Scottish Certificate of Education, 1963
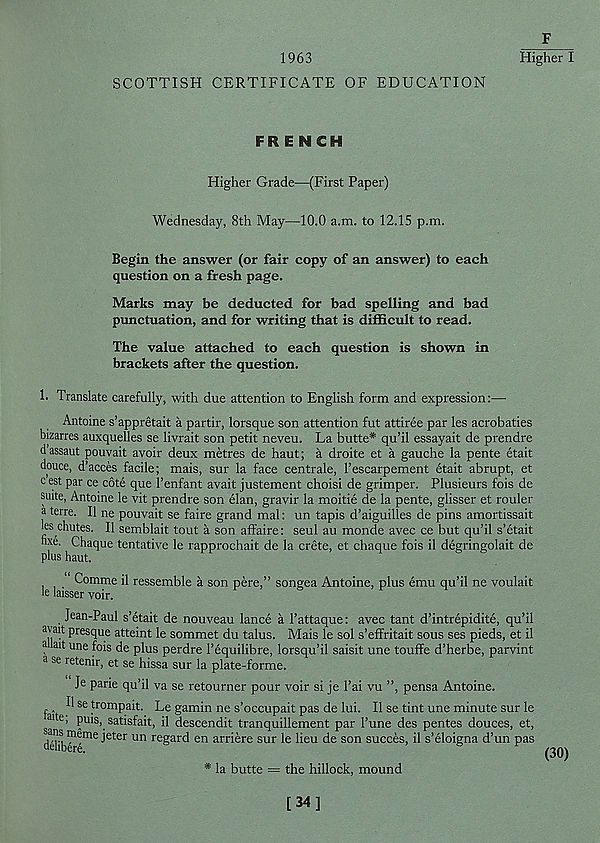
1963
SCOTTISH CERTIFICATE OF EDUCATION
F
Higher I
FRENCH
Higher Grade—(First Paper)
Wednesday, 8th May—10.0 a.m. to 12.15 p.m.
Begin the answer (or fair copy of an answer) to each
question on a fresh page.
Marks may be deducted for bad spelling and bad
punctuation, and for writing that is difficult to read.
The value attached to each question is shown in
brackets after the question.
1. Translate carefully, with due attention to English form and expression:—
Antoine s’appretait a partir, lorsque son attention fut attiree par les acrobaties
bizarres auxquelles se livrait son petit neveu. La butte* qu’il essayait de prendre
dassaut pouvait avoir deux metres de haut; a droite et a gauche la pente etait
douce, d’acces facile; mais, sur la face centrale, I’escarpement etait abrupt, et
cest par ce cote que 1’enfant avait justement choisi de grimper. Plusieurs fois de
suite, Antoine le vit prendre son elan, gravir la moitie de la pente, glisser et rouler
a terre. II ne pouvait se faire grand mal: un tapis d’aiguilles de pins amortissait
les chutes. II semblait tout a son affaire: seul au monde avec ce but qu’il s’etait
nxe. Chaque tentative le rapprochait de la Crete, et chaque fois il degringolait de
plus haut.
Comme il ressemble a son pere,” songea Antoine, plus emu qu’il ne voulait
le laisser voir.
Jean-Paul s’etait de nouveau lance a 1’attaque: avec tant d’intrepidite, qu’il
a' ait presque atteint le sommet du talus. Mais le sol s’effritait sous ses pieds, et il
a ait une fois de plus perdre 1’equilibre, lorsqu’il saisit une touffe d’herbe, parvint
a se retenir, et se hissa sur la plate-forme.
Je parie qu’il va se retourner pour voir si je 1’ai vu ”, pensa Antoine.
Il se trompait. Le gamin ne s’occupait pas de lui. Il se tint une minute sur le
San 6 ' P U1S ’. sat * s f a it, il descendit tranquillement par 1’une des pentes douces, et,
d,,— jeter un regard en arriere sur le lieu de son succes, il s’eloigna d’un pas
* la butte = the hillock, mound
[34]
(30)